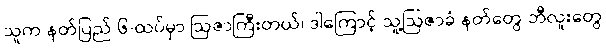
သူက နတ်ပြည် ၆-ထပ်မှာ ဩဇာကြီးတယ်၊ ဒါကြောင့် သူ့ဩဇာခံ နတ်တွေ ဘီလူးတွေ